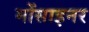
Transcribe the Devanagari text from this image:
मोंसाइनर